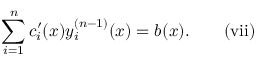
\sum _ { i = 1 } ^ { n } c _ { i } ^ { \prime } ( x ) y _ { i } ^ { ( n - 1 ) } ( x ) = b ( x ) . \quad \quad \mathrm { { ( v i i ) } }